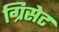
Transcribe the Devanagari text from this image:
ग्रिसेट